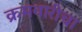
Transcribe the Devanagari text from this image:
क्रमवारीचा